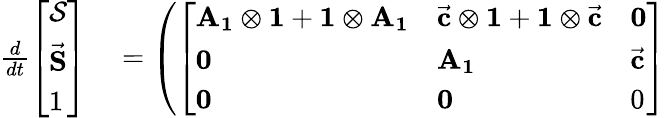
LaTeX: \begin{array}{rl}{\frac{d}{dt}\left[\begin{array}{l}{\mathbf{\mathcal{S}}}\\ {\vec{\mathbf S}}\\ {1}\end{array}\right]}&{{}=\left(\left[\begin{array}{lll}{\mathbf{A_{1}}\otimes\mathbf{1}+\mathbf{1}\otimes\mathbf{A_{1}}}&{\vec{\mathbf c}\otimes\mathbf{1}+\mathbf{1}\otimes\vec{\mathbf c}}&{\mathbf 0}\\ {\mathbf 0}&{\mathbf{A_{1}}}&{\vec{\mathbf c}}\\ {\mathbf 0}&{\mathbf 0}&{0}\end{array}\right]\right.}\end{array}